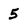
Character: 5